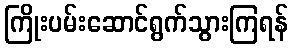
ကြိုးပမ်းဆောင်ရွက်သွားကြရန်